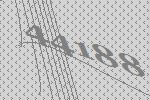
44188